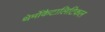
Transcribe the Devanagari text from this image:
थेर्मोकैटालिटिकल